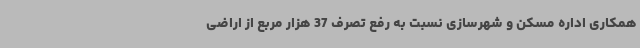
همکاری اداره مسکن و شهرسازی نسبت به رفع تصرف 37 هزار مربع از اراضی